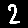
Digit: 2